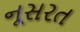
નૂસરત